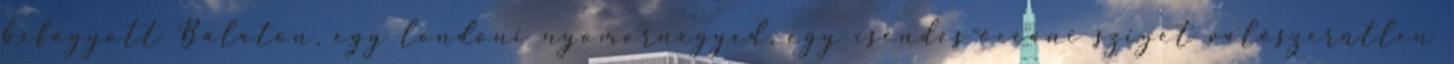
befagyott Balaton, egy londoni nyomornegyed, egy csendes-óceáni sziget valószerűtlen